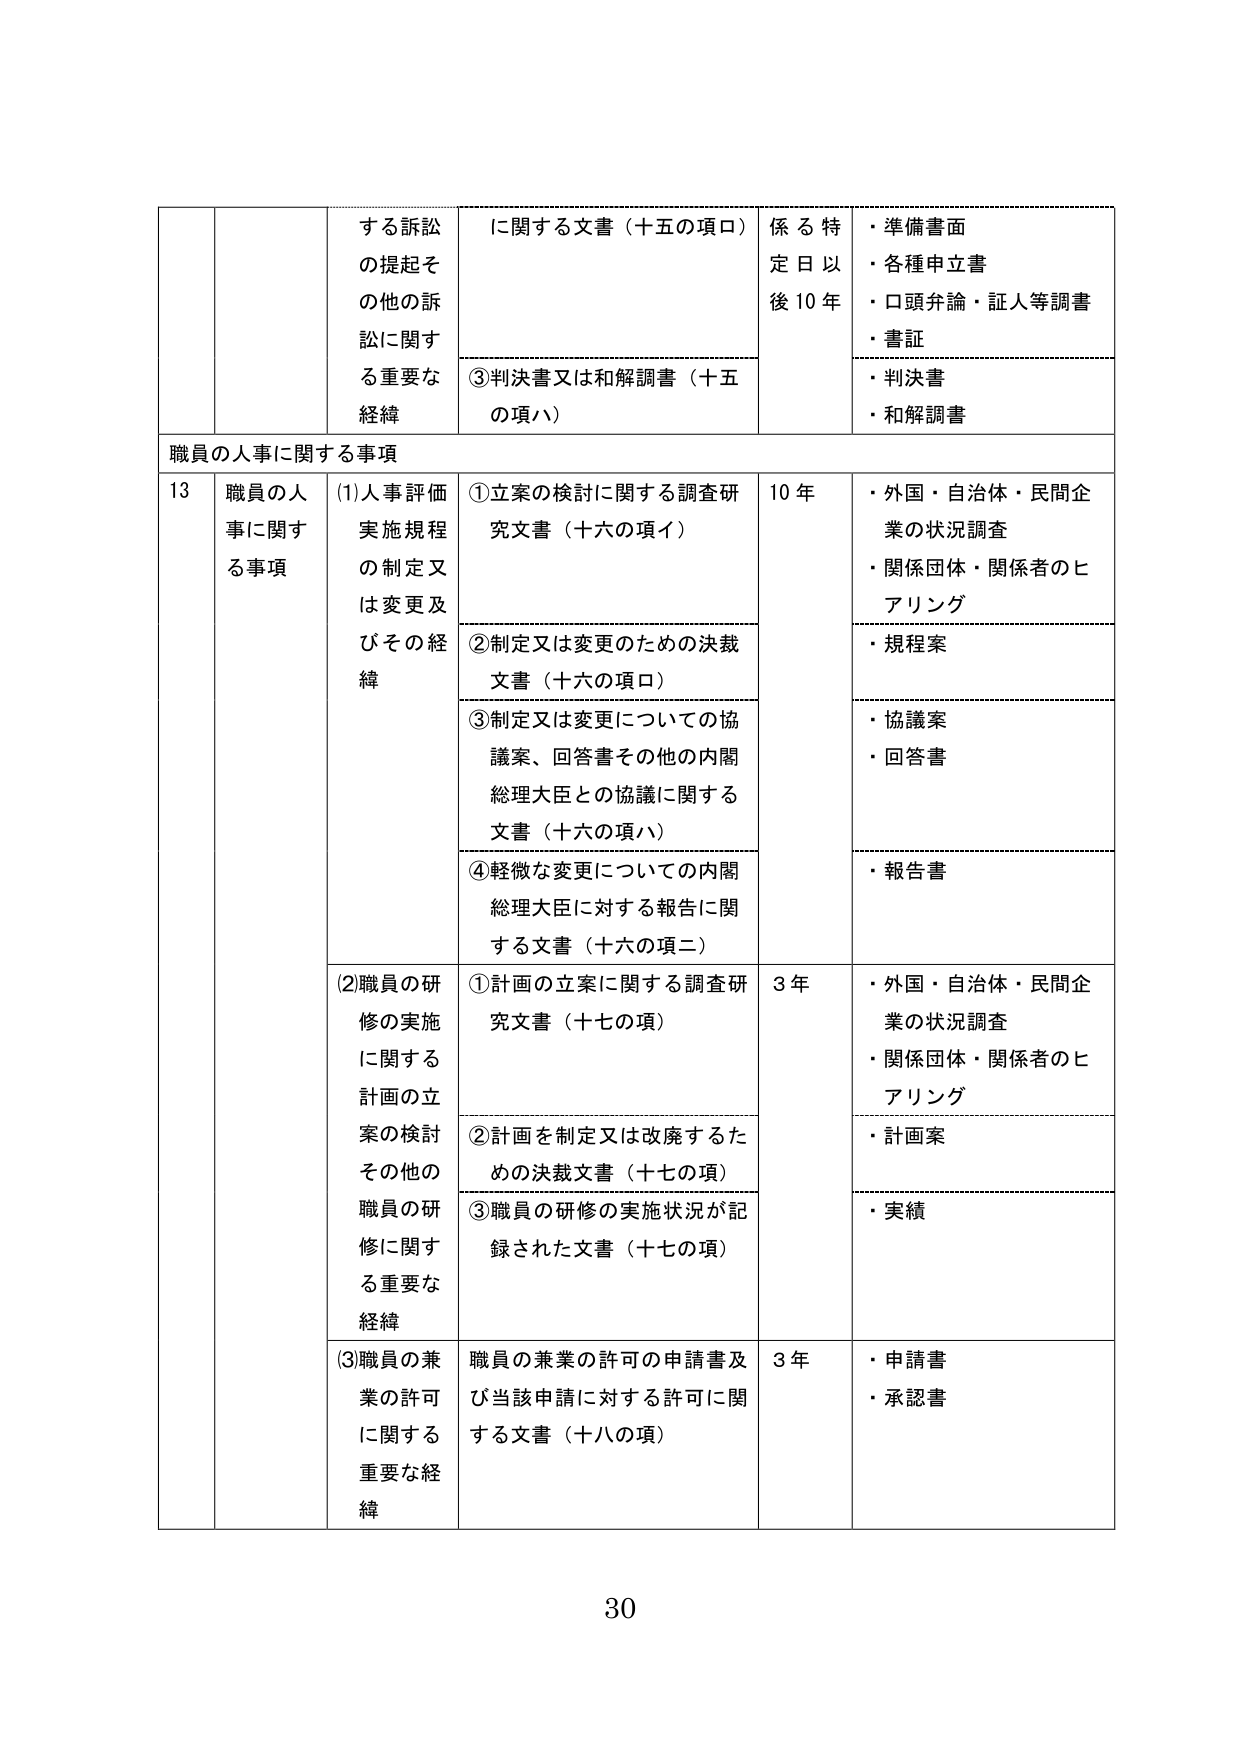
する訴訟
の提起そ
の他の訴
訟に関す
る重要な
経緯

に関する文書（十五の項ロ）
③判決書又は和解調書（十五
の項ハ）

係る特
定日以
後10年

・準備書面
・各種申立書
・口頭弁論・証人等調書
・書証
・判決書
・和解調書

職員の人事に関する事項

13
職員の人
事に関す
る事項

(1)人事評価
実施規程
の制定又
は変更及
びその経
緯

①立案の検討に関する調査研
究文書（十六の項イ）

10年
・外国・自治体・民間企
業の状況調査
・関係団体・関係者のヒ
アリング

②制定又は変更のための決裁
文書（十六の項ロ）

・規程案

③制定又は変更についての協
議案、回答書その他の内閣
総理大臣との協議に関する
文書（十六の項ハ）

・協議案
・回答書

④軽微な変更についての内閣
総理大臣に対する報告に関
する文書（十六の項ニ）

・報告書

(2)職員の研
修の実施
に関する
計画の立
案の検討
その他の
職員の研
修に関す
る重要な
経緯

①計画の立案に関する調査研
究文書（十七の項）

3年
・外国・自治体・民間企
業の状況調査
・関係団体・関係者のヒ
アリング

②計画を制定又は改廃するた
めの決裁文書（十七の項）

・計画案

③職員の研修の実施状況が記
録された文書（十七の項）

・実績

(3)職員の兼
業の許可
に関する
重要な経
緯

職員の兼業の許可の申請書及
び当該申請に対する許可に関
する文書（十八の項）

3年
・申請書
・承認書

30